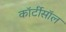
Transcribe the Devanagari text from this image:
कॉर्टीसॉल